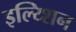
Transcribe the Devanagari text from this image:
इल्य्शिन